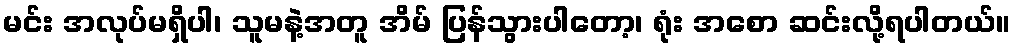
မင်း အလုပ်မရှိပါ၊ သူမနဲ့အတူ အိမ် ပြန်သွားပါတော့၊ ရုံး အစော ဆင်းလို့ရပါတယ်။